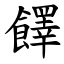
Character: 䭞